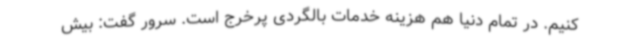
کنیم. در تمام دنیا هم هزینه خدمات بالگردی پرخرج است. سرور گفت: بیش